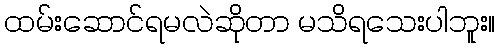
ထမ်းဆောင်ရမလဲဆိုတာ မသိရသေးပါဘူး။